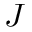
J